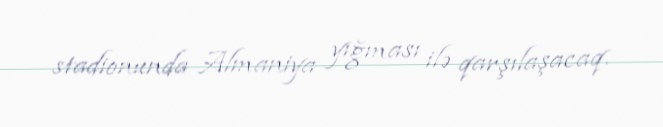
stadionunda Almaniya yığması ilə qarşılaşacaq.